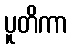
ပူတိကာ